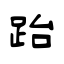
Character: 跆